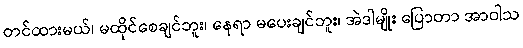
တင်ထားမယ်၊ မထိုင်စေချင်ဘူး၊ နေရာ မပေးချင်ဘူး၊ အဲဒါမျိုး ပြောတာ အာဝါသ